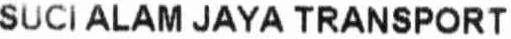
SUCI ALAM JAYA TRANSPORT